Calcutta medical institutions reports 1892-1900
Year: 1892
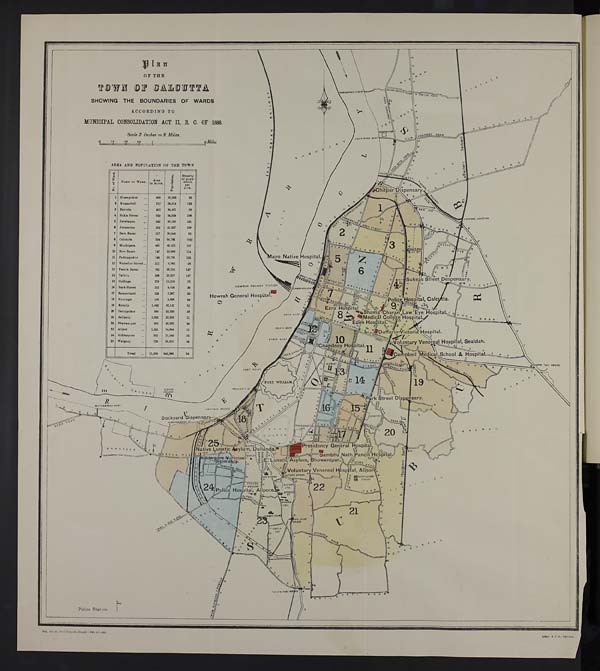
Plan
OF THE
TOWN OF CALCUTTA
SHOWING THE BOUNDARIES OF WARDS
ACCORDING TO
MUNICIPAL CONSOLIDATION ACT II, B. C. OF 1888,
Scale 3 Inches = 2 Miles.
AREA AND POPULATION OF THE TOWN
N o o f w a r d .
NAME OF WARD.
Area
in Acres.
P o p u l a t i o n s .
Density
of pupil-
lation
per
acre.
1 Shampukur
409
36,885
90
2 Kumartuli
...
217
26,614
122
3 Bartola. . .
403
36,431
90
4 Sukia Street ...
320
34,828
108
5 Jorabagan
....
243
39,180
161
6 Jorasanka
...
262
41,657
159
7 Bara Bazar
...
217
20,646
95
8 Colutola
..
24
50,781
226‡
9 Muchipara
...
49,472
107
10 Bow Bazar
147
22,668
154
11 Padmapukur
166
20,761
125
12 Waterloo Street ...
211
6,083
28
13 Fenick Bazar ...
192
28,366
147
14 Taltola...
198
29,207
147
15 Collinga...
179
13,218
73
16 Park Street
...
153
4,620
30
17 Bamanbasti
...
128
3,287
25
I8 Hastings
...
108
4,820
44
19 Entally
...
1.062
33,147
31
20 Baniapukur
800
23,020
28
21 Baliganj
2,022
22,831
11
22 Bhawanipur
...
838
42,591
50
23 Alipur
1,241
14,804
11
24 Kidderpore
921
15,340
16
2 5 Watgauj
729
26,833
36
Total
11,850 648,090
54